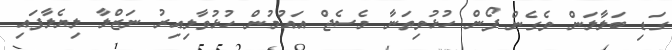
ގަޑި ބަލާލަން ވެގެން ފޯން ހުޅުވިތަނާ މެސެޖް އައުމުން ހުޅުވާލިއިރު ނަޒްލާ ލިޔެލާފައި